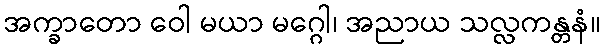
အက္ခာတော ဝေါ မယာ မဂ္ဂေါ၊ အညာယ သလ္လကန္တနံ။